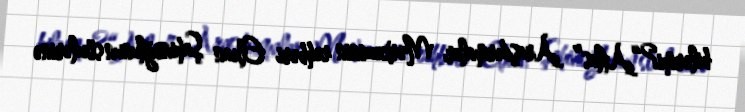
bilərmi?“Atlas” Araşdırmalar Mərkəzinin rəhbəri Elxan Şahinoğlunun sözlərinə